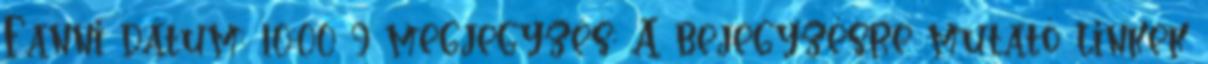
Fanni dátum: 10:00 9 megjegyzés: A bejegyzésre mutató linkek